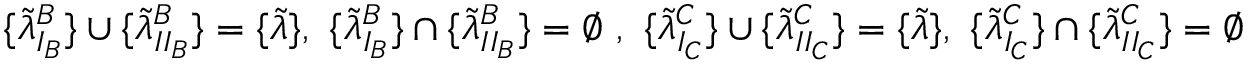
\{ \widetilde { \lambda } _ { I _ { B } } ^ { B } \} \cup \{ \widetilde { \lambda } _ { I I _ { B } } ^ { B } \} = \{ \widetilde { \lambda } \} , \ \{ \widetilde { \lambda } _ { I _ { B } } ^ { B } \} \cap \{ \widetilde { \lambda } _ { I I _ { B } } ^ { B } \} = \emptyset \ , \ \{ \widetilde { \lambda } _ { I _ { C } } ^ { C } \} \cup \{ \widetilde { \lambda } _ { I I _ { C } } ^ { C } \} = \{ \widetilde { \lambda } \} , \ \{ \widetilde { \lambda } _ { I _ { C } } ^ { C } \} \cap \{ \widetilde { \lambda } _ { I I _ { C } } ^ { C } \} = \emptyset